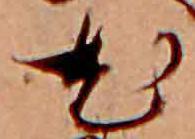
尤